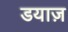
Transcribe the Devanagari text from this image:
डयाज़